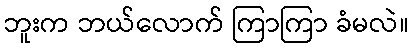
ဘူးက ဘယ်လောက် ကြာကြာ ခံမလဲ။